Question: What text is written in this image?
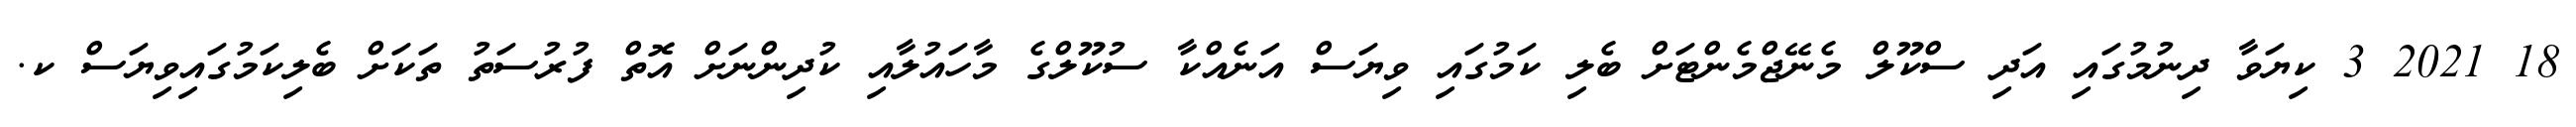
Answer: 18 2021 3 ކިޔަވާ ދިނުމުގައި އަދި ސްކޫލް މެނޭޖްމެންޓަށް ބެލި ކަމުގައި ވިޔަސް އަނެއްކާ ސުކޫލްގެ މާހައުލާއި ކުދިންނަށް އޮތް ފުރުސަތު ތަކަށް ބެލިކަމުގައިވިޔަސް ކ.